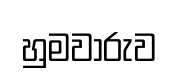
හුමවාරුව